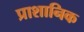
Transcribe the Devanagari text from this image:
प्राशानिक